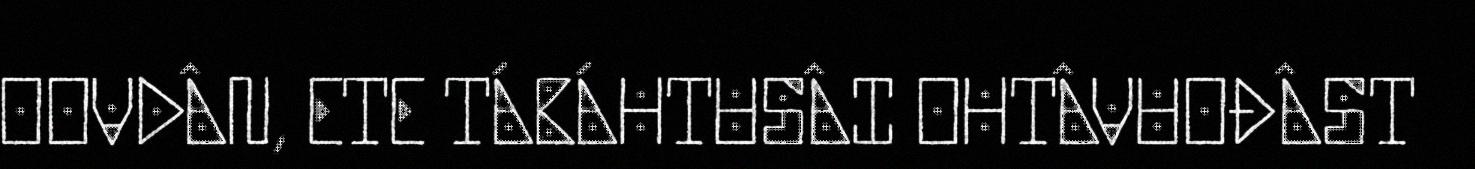
OOVDÂN, ETE TÁBÁHTUSÂI OHTÂVUOĐÂST